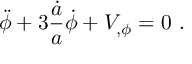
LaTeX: \ddot { \phi } + 3 { \frac { \dot { a } } { a } } \dot { \phi } + V _ { , \phi } = 0 \ .